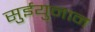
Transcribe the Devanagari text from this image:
सुईयुनान